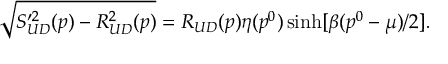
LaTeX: \sqrt { S _ { U D } ^ { \prime 2 } ( p ) - R _ { U D } ^ { 2 } ( p ) } = R _ { U D } ( p ) \eta ( p ^ { 0 } ) \sinh [ \beta ( p ^ { 0 } - \mu ) / 2 ] .